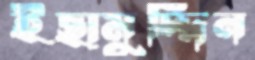
ইছামুদ্দিন